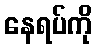
နေရပ်ကို